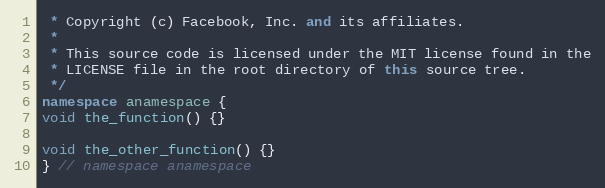
Language: C++
 * Copyright (c) Facebook, Inc. and its affiliates.
 *
 * This source code is licensed under the MIT license found in the
 * LICENSE file in the root directory of this source tree.
 */
namespace anamespace {
void the_function() {}

void the_other_function() {}
} // namespace anamespace